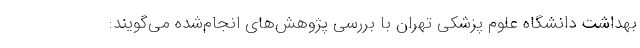
بهداشت دانشگاه علوم پزشکی تهران با بررسی پژوهش‌های انجام‌شده می‌گویند: